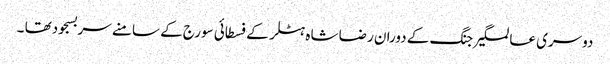
دوسری عالمگیر جنگ کے دوران رضا شاہ ہٹلر کے فسطائی سورج کے سامنے سربسجودتھا ۔